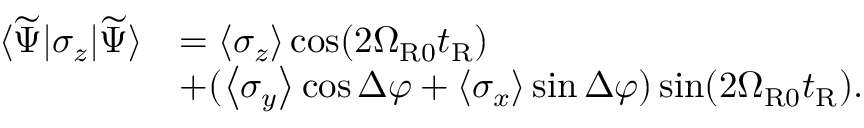
\begin{array} { r l } { \langle \widetilde { \Psi } | \sigma _ { z } | \widetilde { \Psi } \rangle } & { = \left\langle \sigma _ { z } \right\rangle \cos ( 2 \Omega _ { \mathrm { R 0 } } t _ { \mathrm { R } } ) } \\ & { + ( \left\langle \sigma _ { y } \right\rangle \cos \Delta \varphi + \left\langle \sigma _ { x } \right\rangle \sin \Delta \varphi ) \sin ( 2 \Omega _ { \mathrm { R 0 } } t _ { \mathrm { R } } ) . } \end{array}